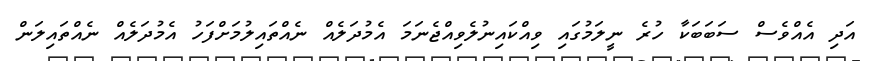
އަދި އެއްވެސް ސަބަބަކާ ހުރެ ނީލަމުގައި ވިއްކައިނުލެވިއްޖެނަމަ އެމުދަލެއް ނެއްތައިލުމަށްފަހު އެމުދަލެއް ނެއްތައިލަން